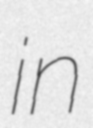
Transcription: in